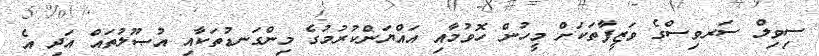
ސިވިލް ސަރވިސްގެ ވަޒީފާތަކަށް މީހުން ހޮވުމާއި އައްޔަންކުރުމުގެ މިންގަނޑުތަކާއި އުޞޫލުތައް އަދި އެ